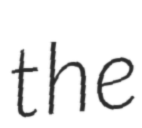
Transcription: the